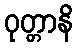
ဝုတ္တာနိ